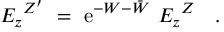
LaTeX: E _ { z } ^ { \ Z ^ { \prime } } \ = \ \mathrm { e } ^ { - W - \bar { W } } \ E _ { z } ^ { \ Z } \ \ \ .